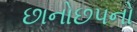
છાનોછપનો